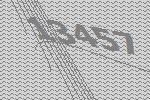
13457